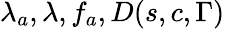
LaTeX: \lambda_{a},\lambda,f_{a},D(s,c,\Gamma)